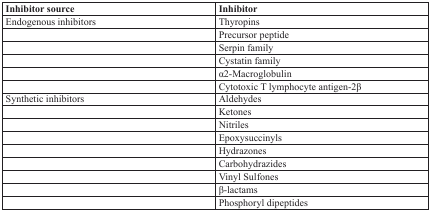
| Inhibitor source | Inhibitor |
 | --- | --- |
 | Endogenous inhibitors | Thyropins |
 |  | Precursor peptide |
 |  | Serpin family |
 |  | Cystatin family |
 |  | α2-Macroglobulin |
 |  | Cytotoxic T lymphocyte antigen-2β |
 | Synthetic inhibitors | Aldehydes |
 |  | Ketones |
 |  | Nitriles |
 |  | Epoxysuccinyls |
 |  | Hydrazones |
 |  | Carbohydrazides |
 |  | Vinyl Sulfones |
 |  | β-lactams |
 |  | Phosphoryl dipeptides |